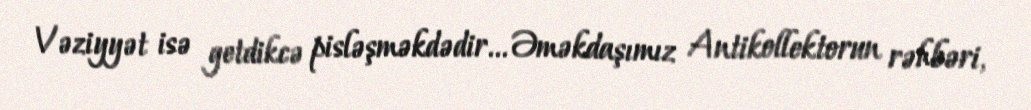
Vəziyyət isə getdikcə pisləşməkdədir... Əməkdaşımız Antikollektorun rəhbəri,